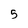
Character: 5